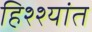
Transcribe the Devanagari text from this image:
हिश्श्यांत